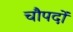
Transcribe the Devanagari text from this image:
चौपदों